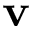
\mathbf { v }